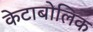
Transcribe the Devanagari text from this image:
केटाबोलिक